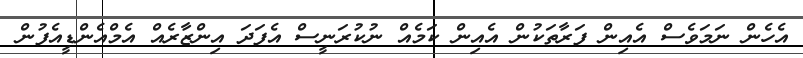
އެހެން ނަމަވެސް އެއިން ފަރާތަކުން އެއިން ކަމެއް ނުކުރަނީސް އެފަދަ އިންޒާރެއް އެމްއެންޑީއެފުން